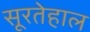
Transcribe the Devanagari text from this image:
सूरतेहाल